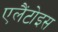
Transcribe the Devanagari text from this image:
एलैंटोइस